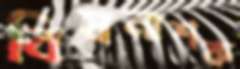
বিষনাশক